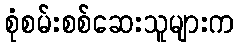
စုံစမ်းစစ်ဆေးသူများက